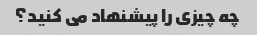
چه چیزی را پیشنهاد می کنید؟